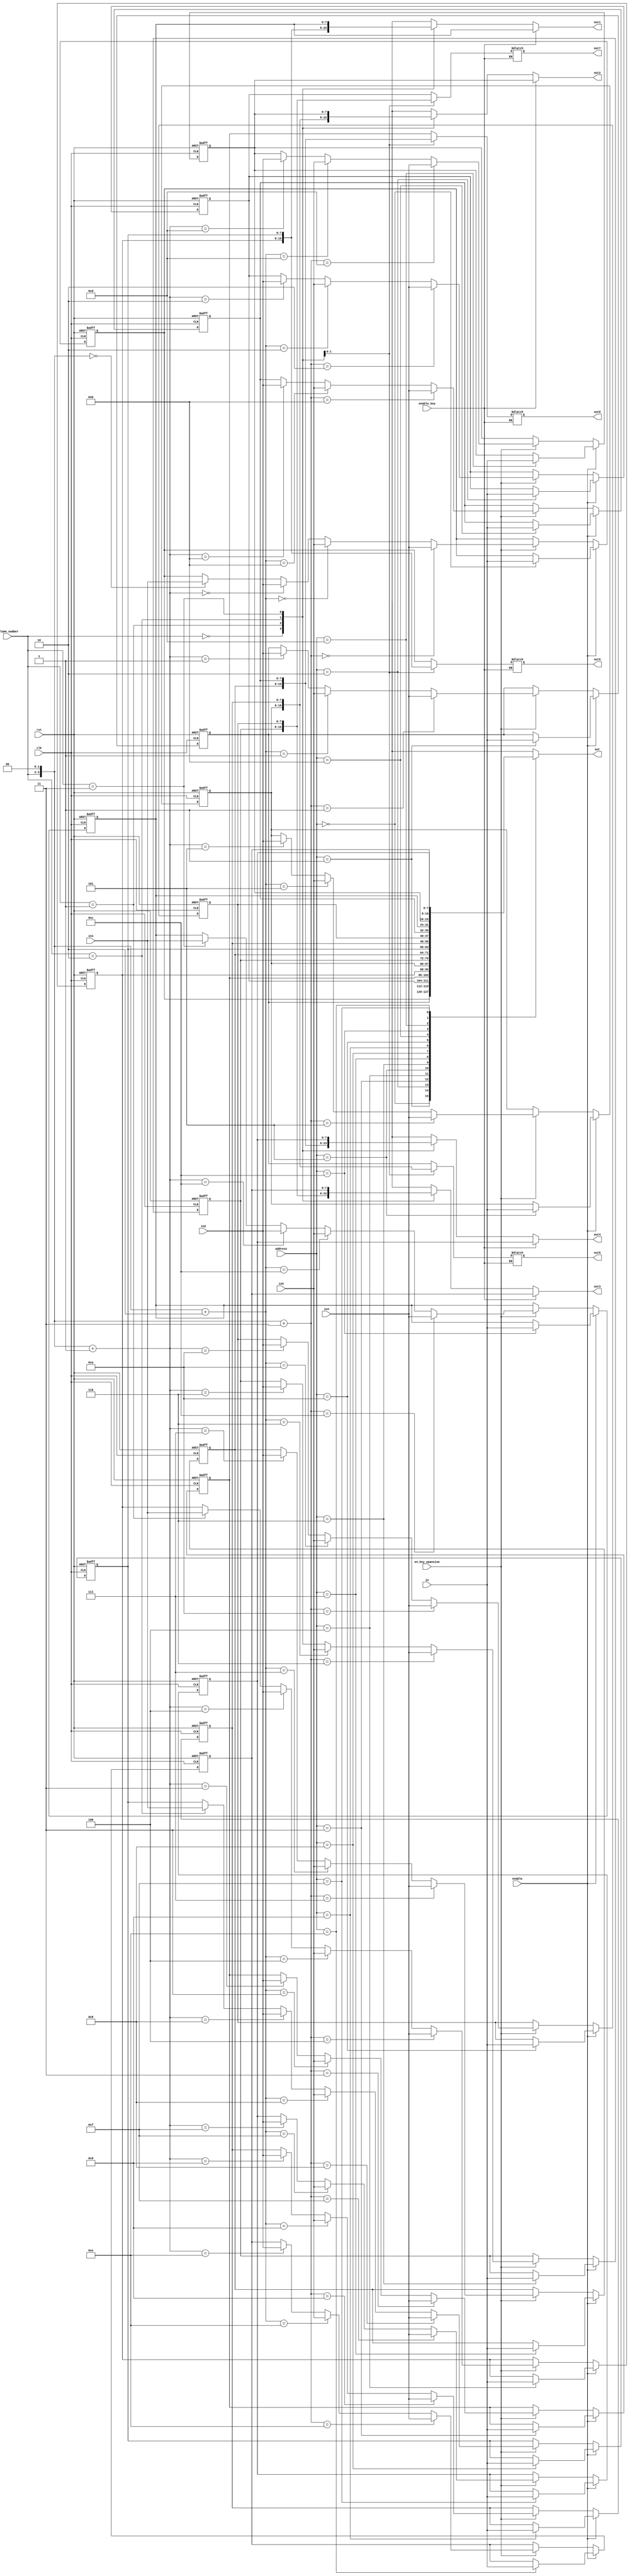
module ram_key_matrix (
    output   wire   [7:0]   out,
    output   reg    [7:0]   out1, out2, out3, out4, out5, out6, out7, out8,
    input    wire   [7:0]   in, in1, in2, in3, in4,
    input    wire   [3:0]   address,
    input    wire   [1:0]   column_number,
    input    wire           enable, enable_key, en_key_epansion,
    input    wire           clk,
    input    wire           rst
);

integer  i;

localparam COLUMN1 = 2'b00,
           COLUMN2 = 2'b01,
           COLUMN3 = 2'b10,
           COLUMN4 = 2'b11;

wire  [3:0]   shifted_colum_num;
assign shifted_colum_num = column_number << 2;


reg   [7:0]    RAM    [0:15];

always @(posedge clk or negedge rst)
    begin
        if(!rst)
            begin
                for (i = 0; i < 16; i = i + 1)
                    RAM[i] <= 8'b0;
            end
        else if(enable)
            begin
                RAM[address] <= in;
            end
        else if(en_key_epansion)
            begin
                RAM[shifted_colum_num]     <= in1;
                RAM[shifted_colum_num + 1] <= in2;
                RAM[shifted_colum_num + 2] <= in3;
                RAM[shifted_colum_num + 3] <= in4;
            end
    end
assign out  = RAM[address];
always @(*)
    begin
        if (enable_key)
            begin 
                out1 = RAM[12];
                out2 = RAM[13];
                out3 = RAM[14];
                out4 = RAM[15];
            end
        else 
            begin
                case (column_number)
                    2'b00 : begin
                        out1 = RAM[0];
                        out2 = RAM[1];
                        out3 = RAM[2];
                        out4 = RAM[3];
                        out5 = RAM[0];
                        out6 = RAM[1];
                        out7 = RAM[2];
                        out8 = RAM[3];
                    end
                    2'b01 : begin
                        out1 = RAM[4];
                        out2 = RAM[5];
                        out3 = RAM[6];
                        out4 = RAM[7];
                        out5 = RAM[0];
                        out6 = RAM[1];
                        out7 = RAM[2];
                        out8 = RAM[3];
                    end
                    2'b10 : begin
                        out1 = RAM[8];
                        out2 = RAM[9];
                        out3 = RAM[10];
                        out4 = RAM[11];
                        out5 = RAM[4];
                        out6 = RAM[5];
                        out7 = RAM[6];
                        out8 = RAM[7];
                    end
                    2'b11 : begin
                        out1 = RAM[12];
                        out2 = RAM[13];
                        out3 = RAM[14];
                        out4 = RAM[15];
                        out5 = RAM[8];
                        out6 = RAM[9];
                        out7 = RAM[10];
                        out8 = RAM[11];
                    end
                    default : begin
                        out1 = RAM[12];
                        out2 = RAM[13];
                        out3 = RAM[14];
                        out4 = RAM[15];
                        out5 = RAM[0];
                        out6 = RAM[1];
                        out7 = RAM[2];
                        out8 = RAM[3];
                    end
                endcase
            end
    end

endmodule